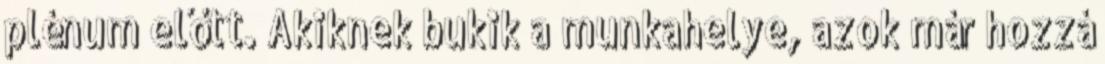
plénum előtt. Akiknek bukik a munkahelye, azok már hozzá